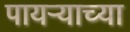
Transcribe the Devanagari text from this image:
पायऱ्याच्या